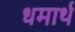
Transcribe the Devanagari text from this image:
धमार्थ